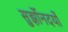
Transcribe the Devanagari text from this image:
सुर्झोनदर्यो